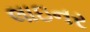
લાઇનર